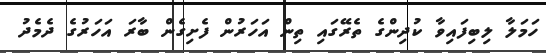
ހަމަލާ ލިބިފައިވާ ކުދިންގެ ތެރޭގައި ތިން އަހަރުން ފެށިގެން ބާރަ އަހަރުގެ ދެމެދު